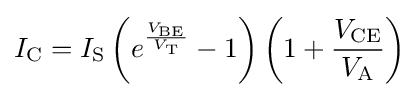
I_{\text{C}}=I_{\text{S}}\left(e^{\frac {V_{\text{BE}}}{V_{\text{T}}}}-1\right)\left(1+{\frac {V_{\text{CE}}}{V_{\text{A}}}}\right)